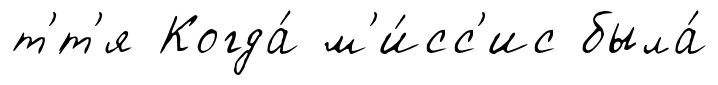
т'́т'я Когда́ м'и́сс'ис была́